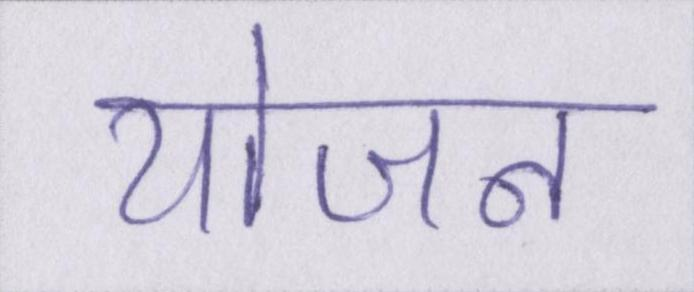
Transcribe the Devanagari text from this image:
योजन